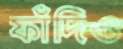
ফাঁদিও